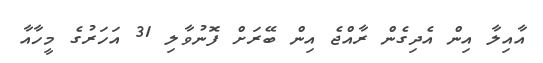
އާއިލާ އިން އެދިގެން ރާއްޖެ އިން ބޭރަށް ފޮނުވާލި 31 އަހަރުގެ މީހާއާ